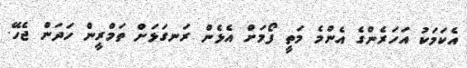
އެކަމަކު އަހަރެންގެ އެންމެ މަތީ ފޯމަށް އެޅެން ރަނގަޅަށް ތަމްރީން ހަދަން ޖެހޭ.